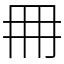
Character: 𠕋